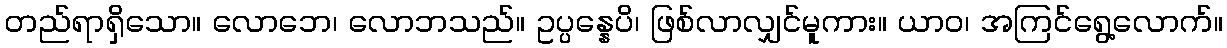
တည်ရာရှိသော။ လောဘေ၊ လောဘသည်။ ဥပ္ပန္နေပိ၊ ဖြစ်လာလျှင်မူကား။ ယာဝ၊ အကြင်ရွေ့လောက်။